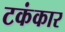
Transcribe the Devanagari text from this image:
टकंकार